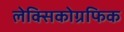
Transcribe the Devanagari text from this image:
लेक्सिकोग्रफिक